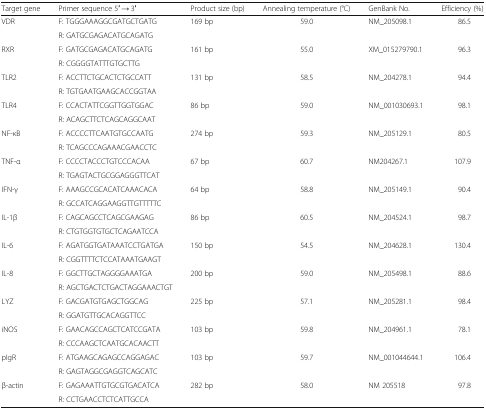
<table><thead><tr><td><b>Target gene</b></td><td><b>Primer sequence 5′ → 3′</b></td><td><b>Product size (bp)</b></td><td><b>Annealing temperature (°C)</b></td><td><b>GenBank No.</b></td><td><b>Efficiency (%)</b></td></tr></thead><tbody><tr><td rowspan="2">VDR</td><td>F: TGGGAAAGGCGATGCTGATG</td><td>169 bp</td><td>59.0</td><td>NM_205098.1</td><td>86.5</td></tr><tr><td>R: GATGCGAGACATGCAGATG</td><td></td><td></td><td></td><td></td></tr><tr><td rowspan="2">RXR</td><td>F: GATGCGAGACATGCAGATG</td><td>161 bp</td><td>55.0</td><td>XM_015279790.1</td><td>96.3</td></tr><tr><td>R: CGGGGTATTTGTGCTTG</td><td></td><td></td><td></td><td></td></tr><tr><td rowspan="2">TLR2</td><td>F: ACCTTCTGCACTCTGCCATT</td><td>131 bp</td><td>58.5</td><td>NM_204278.1</td><td>94.4</td></tr><tr><td>R: TGTGAATGAAGCACCGGTAA</td><td></td><td></td><td></td><td></td></tr><tr><td rowspan="2">TLR4</td><td>F: CCACTATTCGGTTGGTGGAC</td><td>86 bp</td><td>59.0</td><td>NM_001030693.1</td><td>98.1</td></tr><tr><td>R: ACAGCTTCTCAGCAGGCAAT</td><td></td><td></td><td></td><td></td></tr><tr><td rowspan="2">NF-κB</td><td>F: ACCCCTTCAATGTGCCAATG</td><td>274 bp</td><td>59.3</td><td>NM_205129.1</td><td>80.5</td></tr><tr><td>R: TCAGCCCAGAAACGAACCTC</td><td></td><td></td><td></td><td></td></tr><tr><td rowspan="2">TNF-α</td><td>F: CCCCTACCCTGTCCCACAA</td><td>67 bp</td><td>60.7</td><td>NM204267.1</td><td>107.9</td></tr><tr><td>R: TGAGTACTGCGGAGGGTTCAT</td><td></td><td></td><td></td><td></td></tr><tr><td rowspan="2">IFN-γ</td><td>F: AAAGCCGCACATCAAACACA</td><td>64 bp</td><td>58.8</td><td>NM_205149.1</td><td>90.4</td></tr><tr><td>R: GCCATCAGGAAGGTTGTTTTTC</td><td></td><td></td><td></td><td></td></tr><tr><td rowspan="2">IL-1β</td><td>F: CAGCAGCCTCAGCGAAGAG</td><td>86 bp</td><td>60.5</td><td>NM_204524.1</td><td>98.7</td></tr><tr><td>R: CTGTGGTGTGCTCAGAATCCA</td><td></td><td></td><td></td><td></td></tr><tr><td rowspan="2">IL-6</td><td>F: AGATGGTGATAAATCCTGATGA</td><td>150 bp</td><td>54.5</td><td>NM_204628.1</td><td>130.4</td></tr><tr><td>R: CGGTTTTCTCCATAAATGAAGT</td><td></td><td></td><td></td><td></td></tr><tr><td rowspan="2">IL-8</td><td>F: GGCTTGCTAGGGGAAATGA</td><td>200 bp</td><td>59.0</td><td>NM_205498.1</td><td>88.6</td></tr><tr><td>R: AGCTGACTCTGACTAGGAAACTGT</td><td></td><td></td><td></td><td></td></tr><tr><td rowspan="2">LYZ</td><td>F: GACGATGTGAGCTGGCAG</td><td>225 bp</td><td>57.1</td><td>NM_205281.1</td><td>98.4</td></tr><tr><td>R: GGATGTTGCACAGGTTCC</td><td></td><td></td><td></td><td></td></tr><tr><td rowspan="2">iNOS</td><td>F: GAACAGCCAGCTCATCCGATA</td><td>103 bp</td><td>59.8</td><td>NM_204961.1</td><td>78.1</td></tr><tr><td>R: CCCAAGCTCAATGCACAACTT</td><td></td><td></td><td></td><td></td></tr><tr><td rowspan="2">pIgR</td><td>F: ATGAAGCAGAGCCAGGAGAC</td><td>103 bp</td><td>59.7</td><td>NM_001044644.1</td><td>106.4</td></tr><tr><td>R: GAGTAGGCGAGGTCAGCATC</td><td></td><td></td><td></td><td></td></tr><tr><td rowspan="2">β-actin</td><td>F: GAGAAATTGTGCGTGACATCA</td><td>282 bp</td><td>58.0</td><td>NM 205518</td><td>97.8</td></tr><tr><td>R: CCTGAACCTCTCATTGCCA</td><td></td><td></td><td></td><td></td></tr></tbody></table>